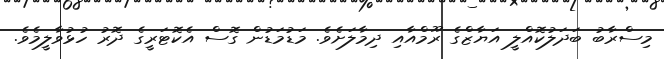
މިސްރާބު ބަދަލުކޮއްލީ އަޔާޒްގެ ރޫމްއާއި ދިމާލަށެވެ. މަޑުމަޑުން ގޮސް އެކޮޓަރީގެ ދޮރު ހުޅުވާލީމެވެ.